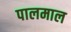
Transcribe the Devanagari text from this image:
पालमाल